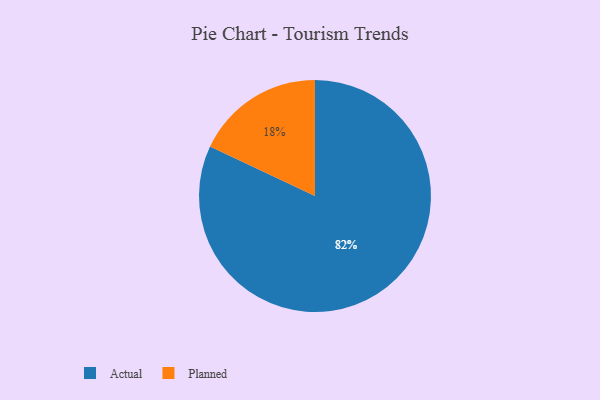
{"axis": {"x": "Category", "y": "Percentage"}, "legend": ["Actual", "Planned"], "data": [{"x": "Actual", "y": 82, "type": "Actual"}, {"x": "Planned", "y": 18, "type": "Planned"}]}